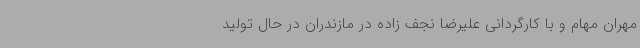
مهران مهام و با کارگردانی علیرضا نجف زاده در مازندران در حال تولید